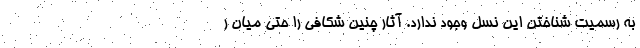
به رسمیت شناختن این نسل وجود ندارد. آثار چنین شکافی را حتی میان ر